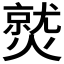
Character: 𤎼